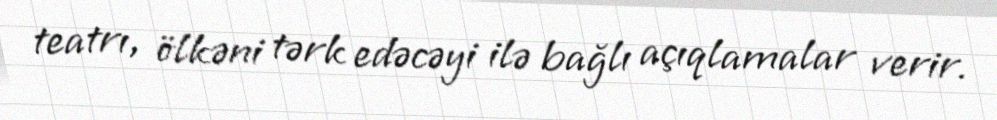
teatrı, ölkəni tərk edəcəyi ilə bağlı açıqlamalar verir.